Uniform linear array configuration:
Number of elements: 24
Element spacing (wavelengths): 0.75
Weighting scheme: uniform
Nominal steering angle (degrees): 30
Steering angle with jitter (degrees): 29.542
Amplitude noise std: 0.05
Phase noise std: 0.05

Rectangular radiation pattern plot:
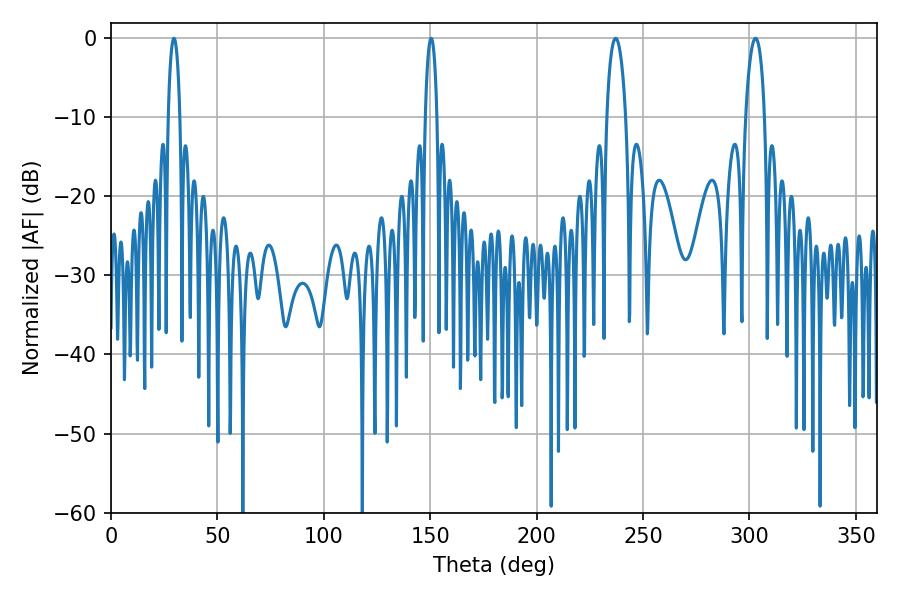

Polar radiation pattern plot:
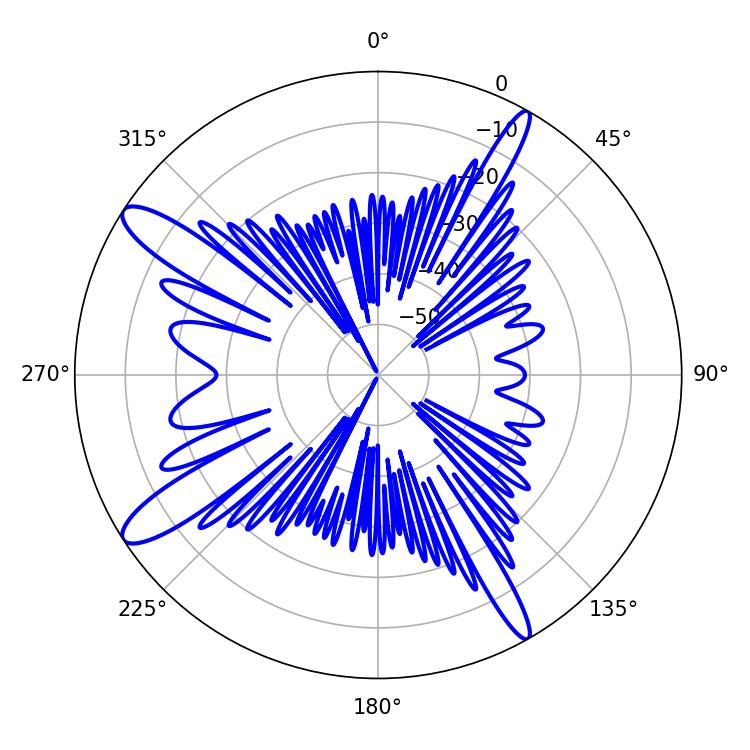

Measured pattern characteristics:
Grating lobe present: TRUE
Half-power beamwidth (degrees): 5.04
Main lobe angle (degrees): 237.06